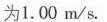
为1.00m/s.